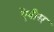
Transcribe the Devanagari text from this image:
ऐबीस